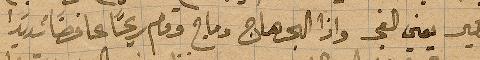
بكير يعني الفجر واذا البحر هاج وماج وقام ريحًا عاصفًا شديدًا